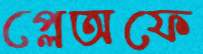
প্লেঅফে